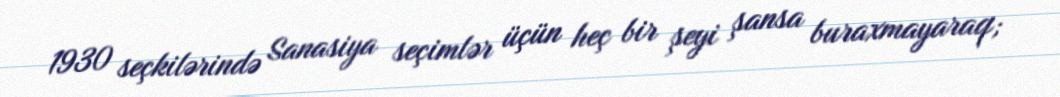
1930 seçkilərində Sanasiya seçimlər üçün heç bir şeyi şansa buraxmayaraq;